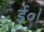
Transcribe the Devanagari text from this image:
ई॰।